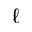
_ { \ell }